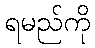
ရမည်ကို